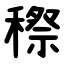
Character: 穄